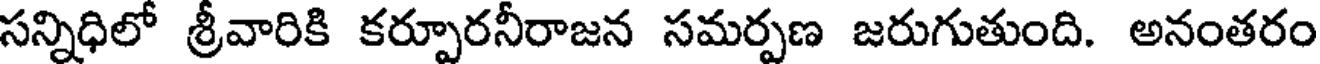
సన్నిధిలో శ్రీవారికి కర్పూరనీరాజన సమర్పణ జరుగుతుంది. అనంతరం